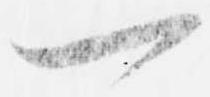
一